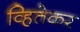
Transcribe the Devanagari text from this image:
व्हितेकर